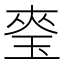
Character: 𭹎